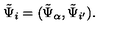
\tilde { \Psi } _ { i } = ( \tilde { \Psi } _ { { \alpha } } , \tilde { \Psi } _ { { i ^ { \prime } } } ) .